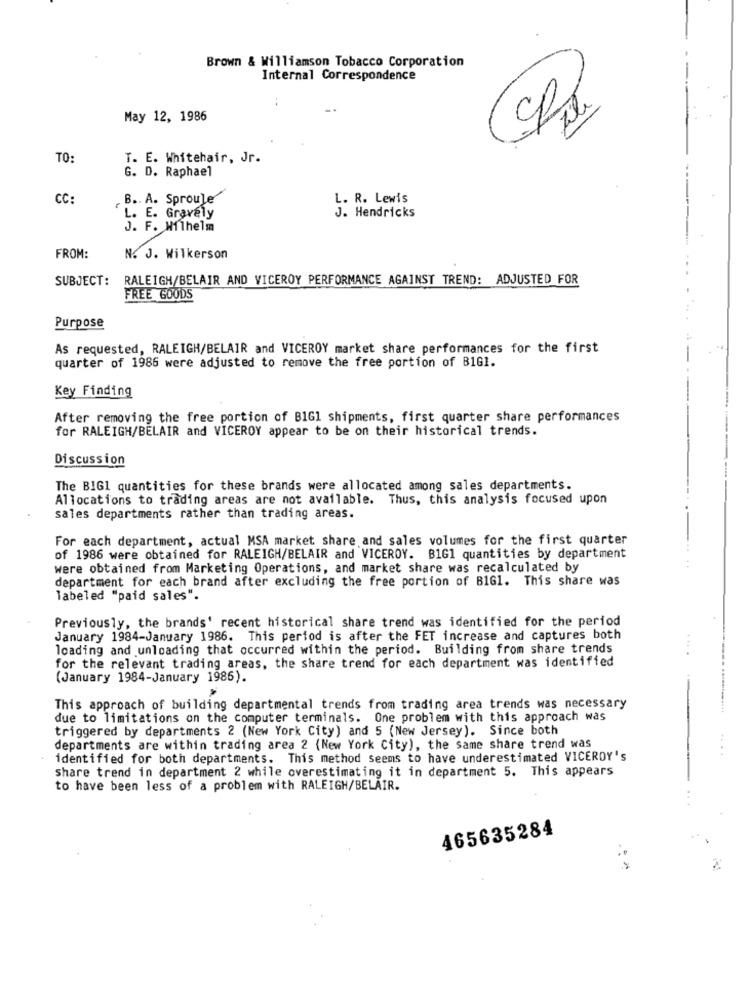
Brown & Williamson Tobacco Corporation
Internal Correspondence
May 12, 1986
2
TO:
T. E. Whitehair, Jr.
G. D. Raphael
CC:
.B .. A. Sproule
L. R. Lewis
L. E. Gravely
J. Hendricks
J. F. Wilhelm
FROM:
N. J. Wilkerson
SUBJECT: RALEIGH/BELAIR AND VICEROY PERFORMANCE AGAINST TREND: ADJUSTED FOR
FREE GOODS
Purpose
As requested, RALEIGH/BELAIR and VICEROY market share performances for the first
quarter of 1986 were adjusted to remove the free portion of BIG1.
Key Finding
After removing the free portion of BIG1 shipments, first quarter share performances
for RALEIGH/BELAIR and VICEROY appear to be on their historical trends.
Discussion
The BIG1 quantities for these brands were allocated among sales departments.
Allocations to trading areas are not available. Thus, this analysis focused upon
sales departments rather than trading areas.
For each department, actual MSA market share and sales volumes for the first quarter
of 1986 were obtained for RALEIGH/BELAIR and VICEROY. B1G1 quantities by department
were obtained from Marketing Operations, and market share was recalculated by
department for each brand after excluding the free portion of BIG1. This share was
labeled "paid sales".
Previously, the brands' recent historical share trend was identified for the period
January 1984-January 1986. This period is after the FET increase and captures both
loading and unloading that occurred within the period. Building from share trends
for the relevant trading areas, the share trend for each department was identified
(January 1984-January 1986).
This approach of building departmental trends from trading area trends was necessary
due to limitations on the computer terminals. One problem with this approach was
triggered by departments 2 (New York City) and 5 (New Jersey). Since both
departments are within trading area 2 (New York City), the same share trend was
identified for both departments. This method seems to have underestimated VICEROY's
share trend in department 2 while overestimating it in department 5. This appears
to have been less of a problem with RALEIGH/BELAIR.
465635284